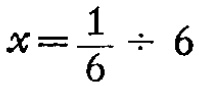
$x=\frac{1}{6} \div 6$